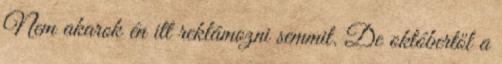
Nem akarok én itt reklámozni semmit. De októbertől a